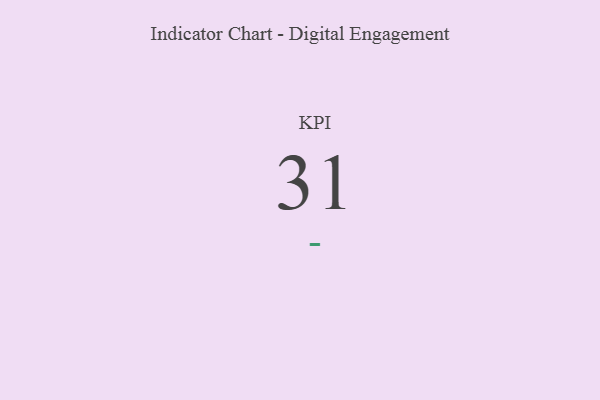
{"axis": {"x": "KPI", "y": "Value"}, "legend": [""], "data": [{"x": "KPI", "y": 31, "type": ""}]}